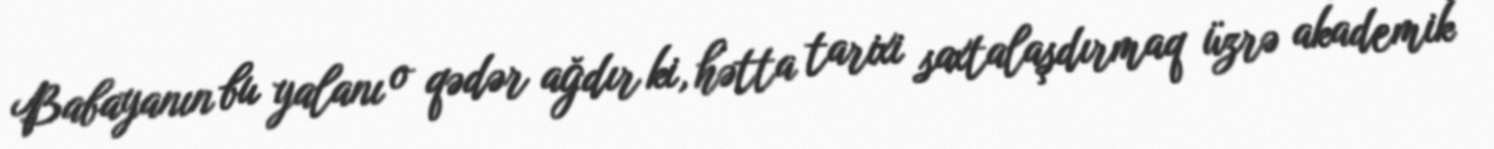
Babayanın bu yalanı o qədər ağdır ki, hətta tarixi saxtalaşdırmaq üzrə akademik